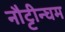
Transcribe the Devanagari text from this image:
नौट्टीन्घम